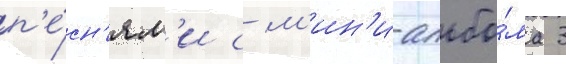
п'е́сн'ям'и с м'ин'и-альбо́ма 3